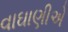
વાઘાણીએ